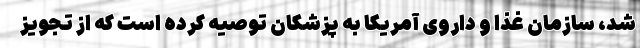
شد، سازمان غذا و داروی آمریکا به پزشکان توصیه کرده است که از تجویز